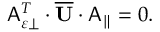
\begin{array} { r } { \mathsf { A } _ { \varepsilon \perp } ^ { T } \cdot \overline { { \mathbf { U } } } \cdot \mathsf { A } _ { \parallel } = 0 . } \end{array}